Annual report of the Civil Veterinary Department, Bengal, for the year 1895-96 - 1895-1896
Year: 1895
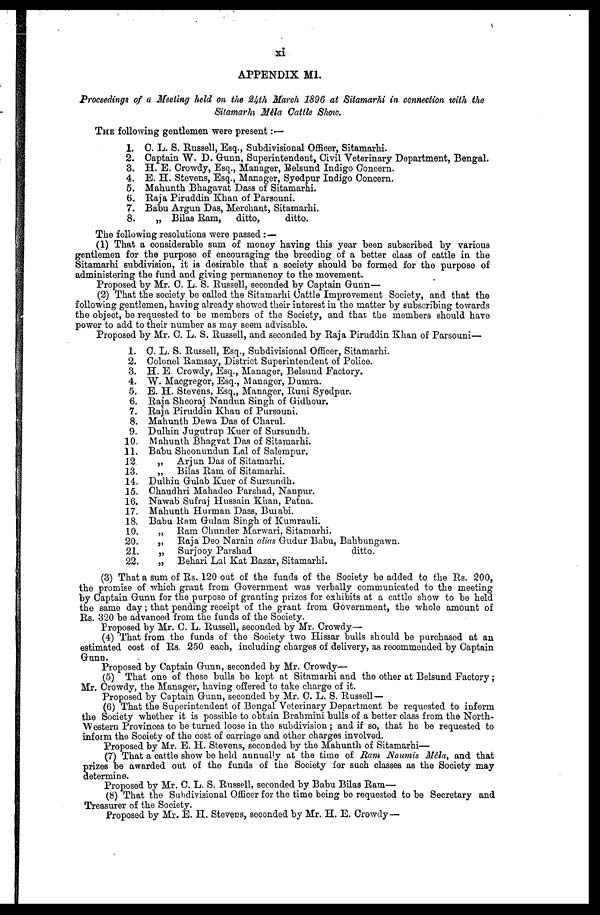
xi
APPENDIX Ml.
Proceedings of a Meeting held on the 24th March 1896 at Sitamarhi in connection with the
Sitamarhi Méla Cattle Show.
THE following gentlemen were present:—
1. C. L. S. Russell, Esq., Subdivisional Officer, Sitamarhi.
2. Captain W. D. Gunn, Superintendent, Civil Veterinary Department, Bengal.
3. H. E. Crowdy, Esq., Manager, Belsund Indigo Concern.
4. E. H. Stevens, Esq., Manager, Syedpur Indigo Concern.
5. Mahunth Bhagavat Dass of Sitamarhi.
6. Raja Piruddin Khan of Parsouni.
7. Babu Argun Das, Merchant, Sitamarhi.
8.
„ Bilas Ram,
ditto,
ditto.
The following resolutions were passed:—
(1) That a considerable sum of money having this year been subscribed by various
gentlemen for the purpose of encouraging the breeding of a better class of cattle in the
Sitamarhi subdivision, it is desirable that a society should be formed for the purpose of
administering the fund and giving permanency to the movement.
Proposed by Mr. C. L. S. Russell, seconded by Captain Gunn—
(2) That the society be called the Sitamarhi Cattle Improvement Society, and that the
following gentlemen, having already showed their interest in the matter by subscribing towards
the object, bo requested to bo members of the Society, and that the members should have
power to add to their number as may seem advisable.
Proposed by Mr. C. L. S. Russell, and seconded by Raja Piruddin Khan of Parsouni—
1. C. L. S. Russell, Esq., Subdivisional Officer, Sitamarhi.
2. Colonel Ramsay, District Superintendent of Police.
3. H. E. Crowdy, Esq., Manager, Belsund Factory.
4. W. Macgregor, Esq., Manager, Dumra.
5. E. II. Stevens, Esq., Manager, Runi Syedpur.
6. Raja Sheoraj Nandun Singh of Gidhour.
7. Raja Piruddin Khan of Pursouni.
8. Mahunth Dewa Das of Charul.
9. Dulhin Jugutrup Kuer of Sursundh.
10. Mahunth Bhagvat Das of Sitamarhi.
11. Babu Sheonundun Lal of Salempur.
12
„
Arjun Das of Sitamarhi.
13.
„
Bilas Ram of Sitamarhi.
14. Dulhin Gulab Kuer of Sursundh.
15. Chaudhri Mahadeo Parshad, Nanpur.
16. Nawab Sufraj Hussain Khan, Patna.
17. Mahunth Hurman Dass, Buiabi.
18. Babu Ram Gulam Singh of Kumrauli.
10.
„ Ram Chunder Marwari, Sitamarhi.
20.
„
Raja Deo Narain alias Gudur Babu, Bahbungawn.
21.
„
Surjoov Parshad
ditto.
22.
„
Behari Lal Kat Bazar, Sitamarhi.
(3) That a sum of Rs. 120 out of the funds of the Society bo added to the Rs. 200,
the promise of which grant from Government was verbally communicated to the meeting
by Captain Gunn for the purpose of granting prizes for exhibits at a cattle show to be held
the same day; that pending receipt of the grant from Government, the whole amount of
Rs. 320 be advanced from the funds of the Society.
Proposed by Mr. C. L. Russell, seconded by Mr. Crowdy—
(4) That from the funds of the Society two Hissar bulls should be purchased at an
estimated cost of Rs. 250 each, including charges of delivery, as recommended by Captain
Gunn.
Proposed by Captain Gunn, seconded by Mr. Crowdy—
(5) That one of these bulls be kept at Sitamarhi and the other at Belsund Factory;
Mr. Crowdy, the Manager, having offered to take charge of it.
Proposed by Captain Gunn, seconded by Mr. C. L. S. Russell—
(6) That the Superintendent of Bengal Veterinary Department be requested to inform
the Society whether it is possible to obtain Brahmini bulls of a better class from the North-
Western Provinces to be turned loose in the subdivision; and if so, that ho be requested to
inform the Society of the cost of carriage and other charges involved.
Proposed by Mr. E. II. Stevens, seconded by the Mahunth of Sitamarhi—
(7) That a cattle show be held annually at the time of Mam Naumis Méla, and that
prizes be awarded out of the funds of the Society for such classes as the Society may
determine.
Proposed by Mr. C. L. S. Russell, seconded by Babu Bilas Ram—
(8) That the Subdivisional Officer for the time being be requested to be Secretary and
Treasurer of the Society.
Proposed by Mr. E. H. Stevens, seconded by Mr. H. E. Crowdy—